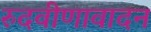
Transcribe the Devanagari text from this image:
रुदवीणावादन